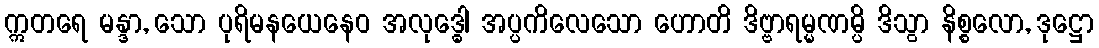
ဣတရေ မန္ဒာ, သော ပုရိမနယေနေဝ အလုဒ္ဓေါ အပ္ပကိလေသော ဟောတိ ဒိဗ္ဗာရမ္မဏမ္ပိ ဒိသွာ နိစ္စလော, ဒုဋ္ဌော